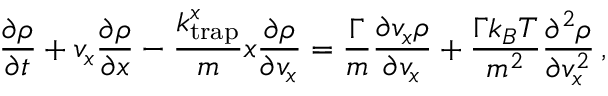
\frac { \partial \rho } { \partial t } + v _ { x } \frac { \partial \rho } { \partial x } - \frac { k _ { \mathrm { t r a p } } ^ { x } } { m } x \frac { \partial \rho } { \partial v _ { x } } = \frac { \Gamma } { m } \frac { \partial v _ { x } \rho } { \partial v _ { x } } + \frac { \Gamma k _ { B } T } { m ^ { 2 } } \frac { \partial ^ { 2 } \rho } { \partial v _ { x } ^ { 2 } } \, ,